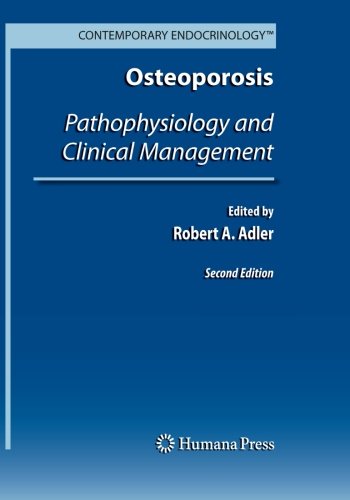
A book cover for Osteoporosis: Pathophysiology and Clinical Management (Contemporary Endocrinology); Health, Fitness & Dieting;